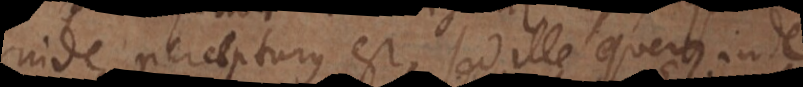
inde percepturus est, sed ille quem inde